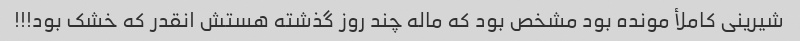
شیرینی کاملأ مونده بود مشخص بود که ماله چند روز گذشته هستش انقدر که خشک بود!!!